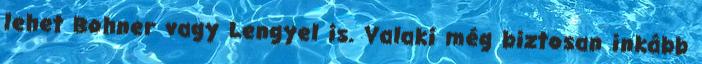
lehet Bohner vagy Lengyel is. Valaki még biztosan inkább